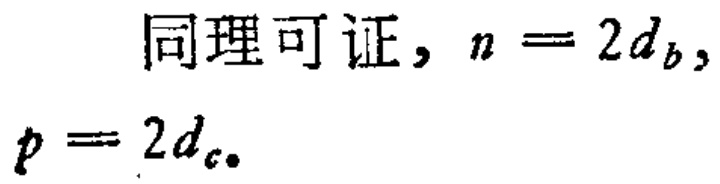
同理可证，\(n = 2d_{b},\)
\(p = 2d_{c}.\)